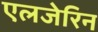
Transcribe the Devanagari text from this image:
एलजेरिन